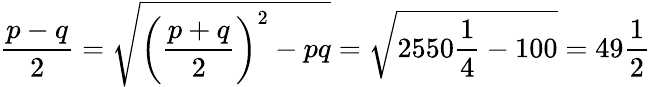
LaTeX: {\frac{p-q}{2}}={\sqrt{\left({\frac{p+q}{2}}\right)^{2}-pq}}={\sqrt{2550{\frac{1}{4}}-100}}=49{\frac{1}{2}}